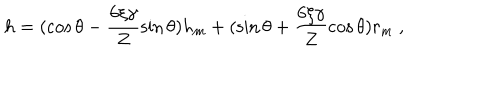
h = ( \cos \theta - \frac { 6 \xi \gamma } { Z } \sin \theta ) h _ { m } + ( \sin \theta + \frac { 6 \xi \gamma } { Z } \cos \theta ) r _ { m } \mathrm { ~ , ~ }